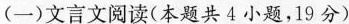
(一)文言文阅读(本题共4小题，19分)